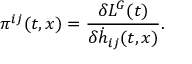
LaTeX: { } { \pi } ^ { i j } ( t , x ) = \frac { \delta L ^ { G } ( t ) } { \delta { \dot { h } } _ { i j } ( t , x ) } .